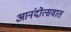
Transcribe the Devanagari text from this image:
आनंदोत्सवात